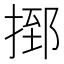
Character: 𢰗